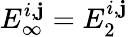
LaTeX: E_{\infty}^{i,\mathbf{j}}=E_{2}^{i,\mathbf{j}}